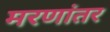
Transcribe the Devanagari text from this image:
मरणांतर